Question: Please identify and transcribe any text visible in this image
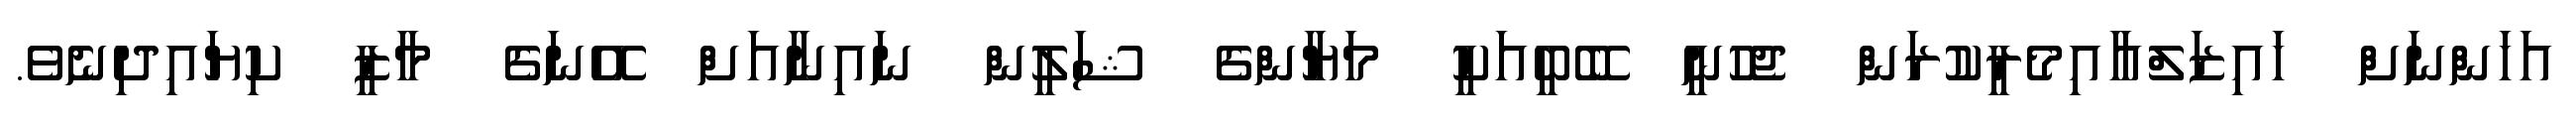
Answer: އަހަންނަށް ހައިޒަލްއާއިމެރީކުރަން ޖެހުނީ ބޭބީއަކީ މަޔާންގެ ޝަލީން ނައިނާއަށް އޭނަގެ މާޒީ ކިޔައިދިނެވެ.